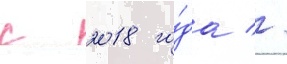
с 2018 го́да //